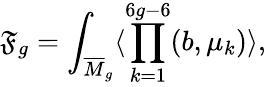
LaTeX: \mathfrak{F}_{g}=\int_{{\overline{{{M}}}}_{g}}\langle\prod_{k=1}^{6g-6}(b,\mu_{k})\rangle,